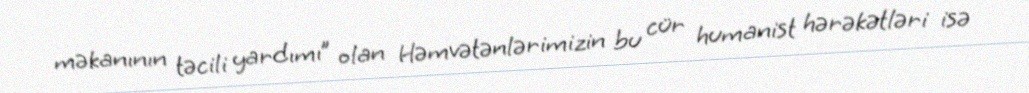
məkanının təcili yardımı” olan Həmvətənlərimizin bu cür humanist hərəkətləri isə